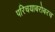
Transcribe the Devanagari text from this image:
परिचयाबरोबरच